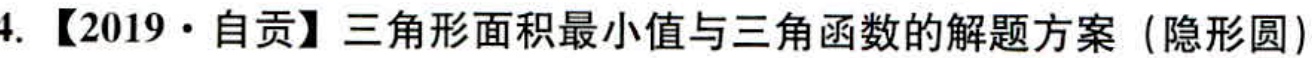
4. 【2019·自贡】三角形面积最小值与三角函数的解题方案（隐形圆）